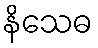
နိသေဓ